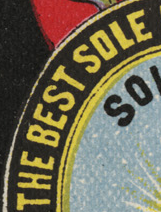
THE BEST SOLE